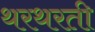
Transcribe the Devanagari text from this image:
थरथरती